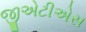
જીએટીએસ